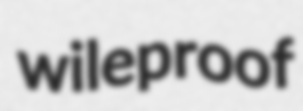
wileproof